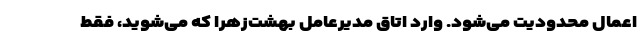
اعمال محدودیت می‌شود. وارد اتاق مدیرعامل بهشت‌زهرا که می‌شوید، فقط